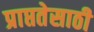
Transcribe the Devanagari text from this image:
प्राप्ततेसाठी